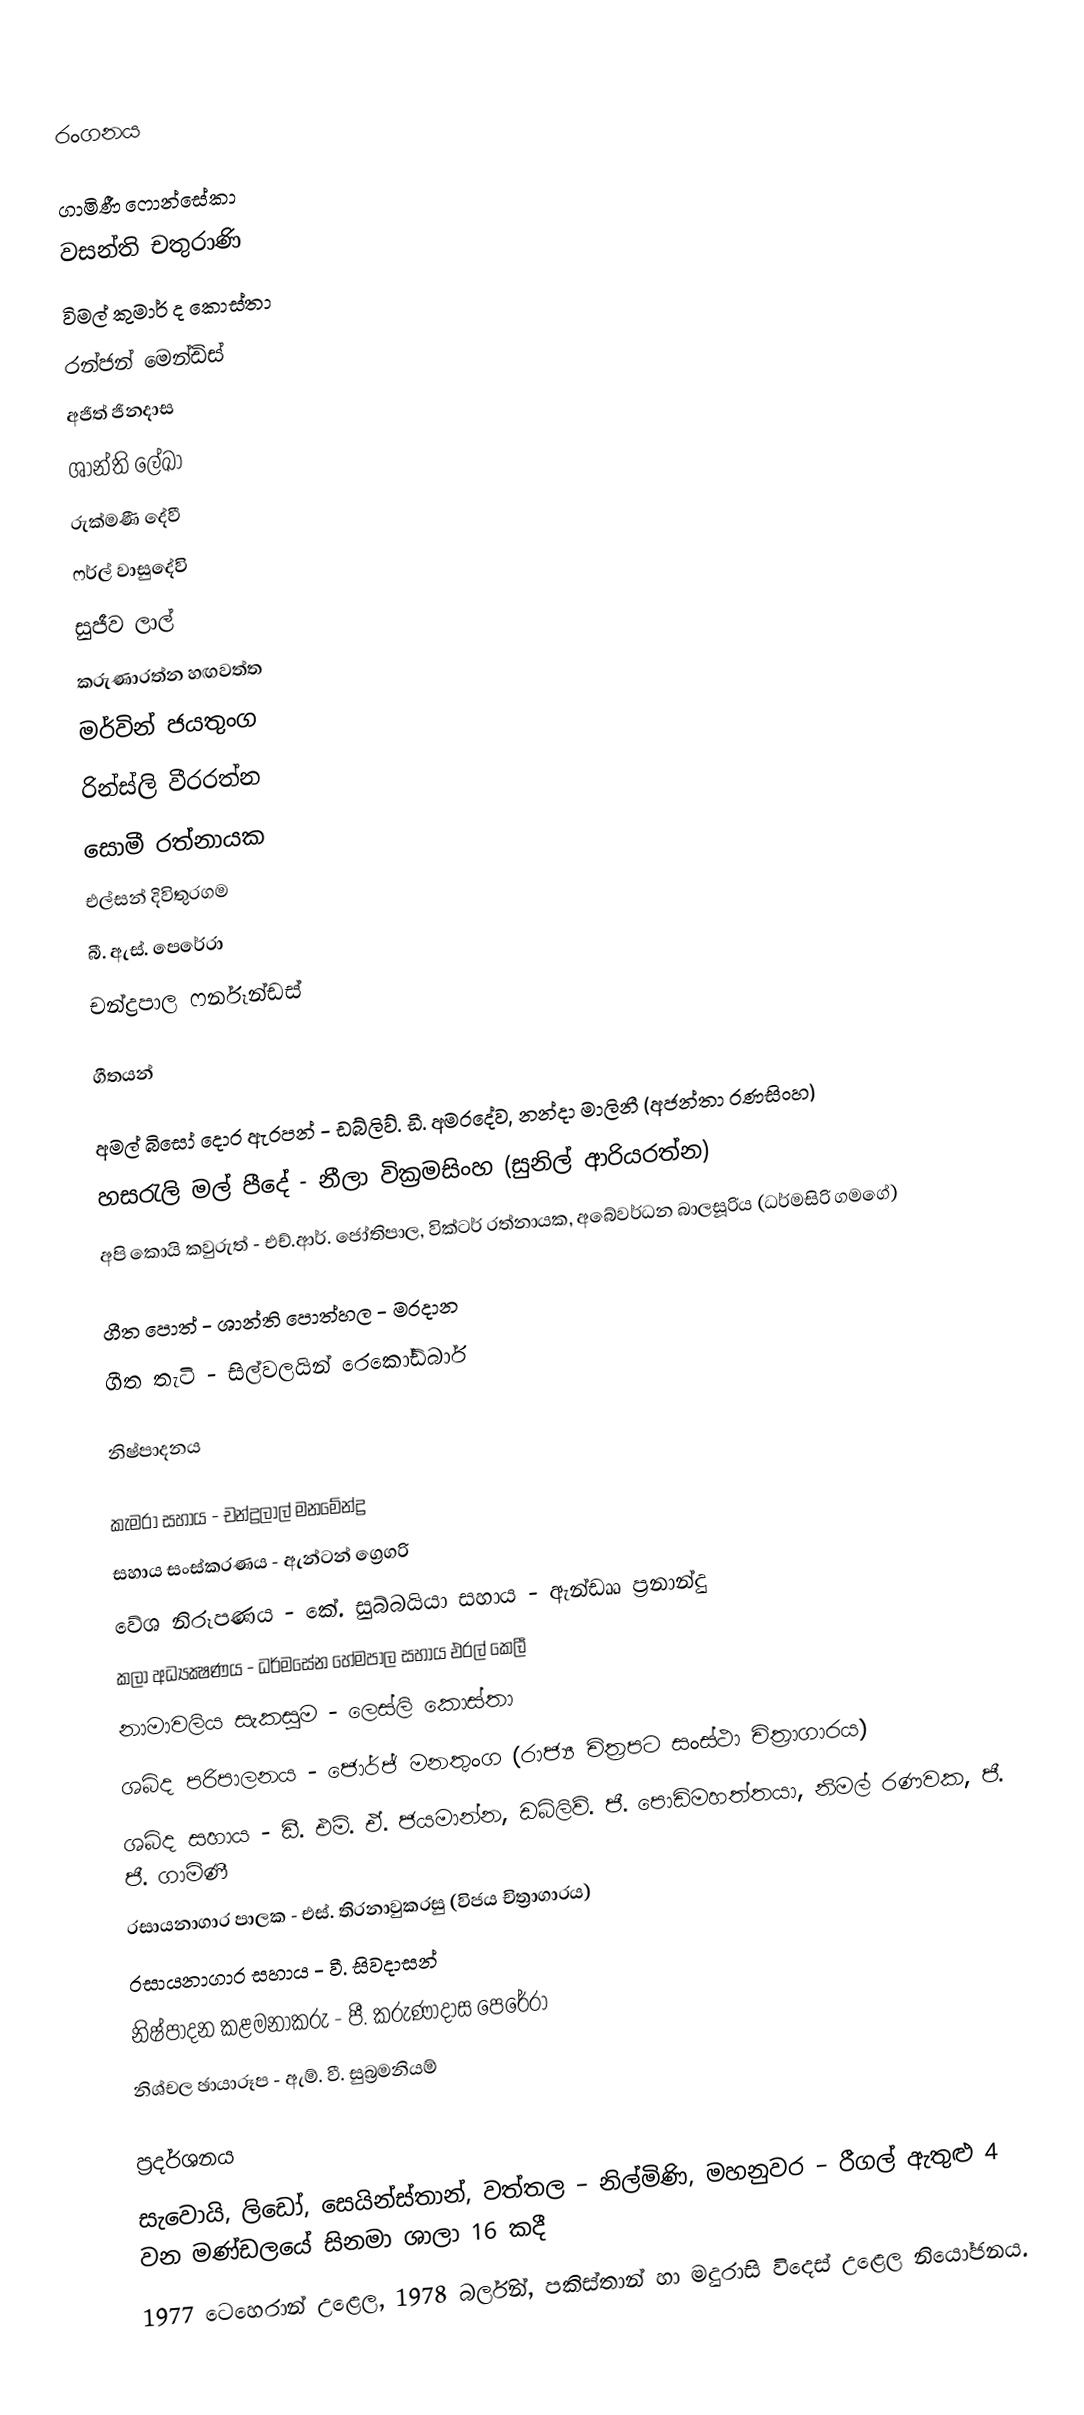

රංගනය

ගාමිණී ෆොන්සේකා
වසන්ති චතුරාණි
විමල් කුමාර් ද කොස්තා
රන්ජන් මෙන්ඩිස්
අජිත් ජිනදාස
ශාන්ති ලේඛා
රුක්මණී දේවී
ෆර්ල් වාසුදේවි
සුජීව ලාල්
කරුණාරත්න හඟවත්ත
මර්වින් ජයතුංග
රින්ස්ලි වීරරත්න
සොමී රත්නායක
එල්සන් දිවිතුරගම
බී. ඇස්. පෙරේරා
චන්ද්‍රපාල ෆර්නෑන්ඩස්

ගීතයන්

අමල් බිසෝ දොර ඇරපන් - ඩබ්ලිව්. ඩී. අමරදේව, නන්දා මාලිනී (අජන්තා රණසිංහ)
හසරැලි මල් පීදේ - නීලා වික්‍රමසිංහ (සුනිල් ආරියරත්න)
අපි කොයි කවුරුත් - එච්.ආර්. ජෝතිපාල, වික්ටර් රත්නායක, අබේවර්ධන බාලසූරිය (ධර්මසිරි ගමගේ)

ගීත පොත් - ශාන්ති පොත්හල - මරදාන
ගීත තැටි - සිල්වලයින් රෙකෝඩ්බාර්

නිෂ්පාදනය

කැමරා සහාය - චන්ද්‍රලාල් මනමේන්ද්‍ර
සහාය සංස්කරණය - ඇන්ටන් ග්‍රෙගරි
වේශ නිරූපණය - කේ. සුබ්බයියා සහාය - ඇන්ඩෲ ප්‍රනාන්දු
කලා අධ්‍යක්‍ෂණය - ධර්මසේන හේමපාල සහාය එරල් කෙලී
නාමාවලිය සැකසුම - ලෙස්ලි කොස්තා
ශබ්ද පරිපාලනය - ජොර්ජ් මනතුංග (රාජ්‍ය චිත්‍රපට සංස්ථා චිත්‍රාගාරය)
ශබ්ද සහාය - ඩී. එම්. ඒ. ජයමාන්න, ඩබ්ලිව්. ජී. පොඩිමහත්තයා, නිමල් රණවක, ජී. ජී. ගාමිණී
රසායනාගාර පාලක - එස්. තිරනාවුකරසු (විජය චිත්‍රාගාරය)
රසායනාගාර සහාය - වී. සිවදාසන්
නිෂ්පාදන කළමනාකරු - පී. කරුණාදාස පෙරේරා
නිශ්චල ඡායාරූප - ඇම්. වී. සුබ්‍රමනියම්

ප්‍රදර්ශනය
සැවොයි, ලිඩෝ, සෙයින්ස්තාන්, වත්තල – නිල්මිණි, මහනුවර – රීගල් ඇතුළු 4 වන මණ්ඩලයේ සිනමා ශාලා 16 කදී
1977 ටෙහෙරාන් උළෙල, 1978 බර්ලින්, පකිස්තාන් හා මදුරාසි විදෙස් උළෙල නියෝජනය.